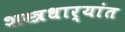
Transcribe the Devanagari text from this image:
शस्त्रधार्‍यांत